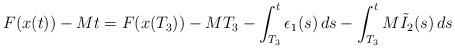
LaTeX: \begin{align*}F(x(t))-Mt &= F(x(T_3)) - MT_3 - \int_{T_3}^t \epsilon_1(s)\,ds - \int_{T_3}^t M\tilde{I}_2(s)\,ds\end{align*}